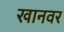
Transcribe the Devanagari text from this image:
खानवर